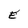
Character: E